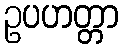
ဥပဟတ္တာ